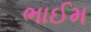
ભાઈમ